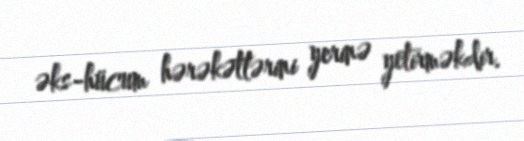
əks-hücum hərəkətlərini yerinə yetirməkdir.